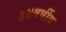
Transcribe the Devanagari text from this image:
३४वर्षीय